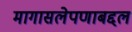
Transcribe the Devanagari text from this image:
मागासलेपणाबद्दल